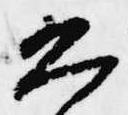
恐